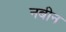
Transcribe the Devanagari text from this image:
नबीन